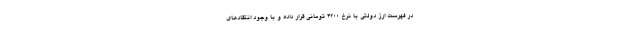
در فهرست ارز دولتی با نرخ ۴۲۰۰ تومانی قرار داده و با وجود انتقادهای